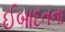
ઈબાદતના